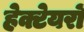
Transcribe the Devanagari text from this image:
हेक्टेयरों